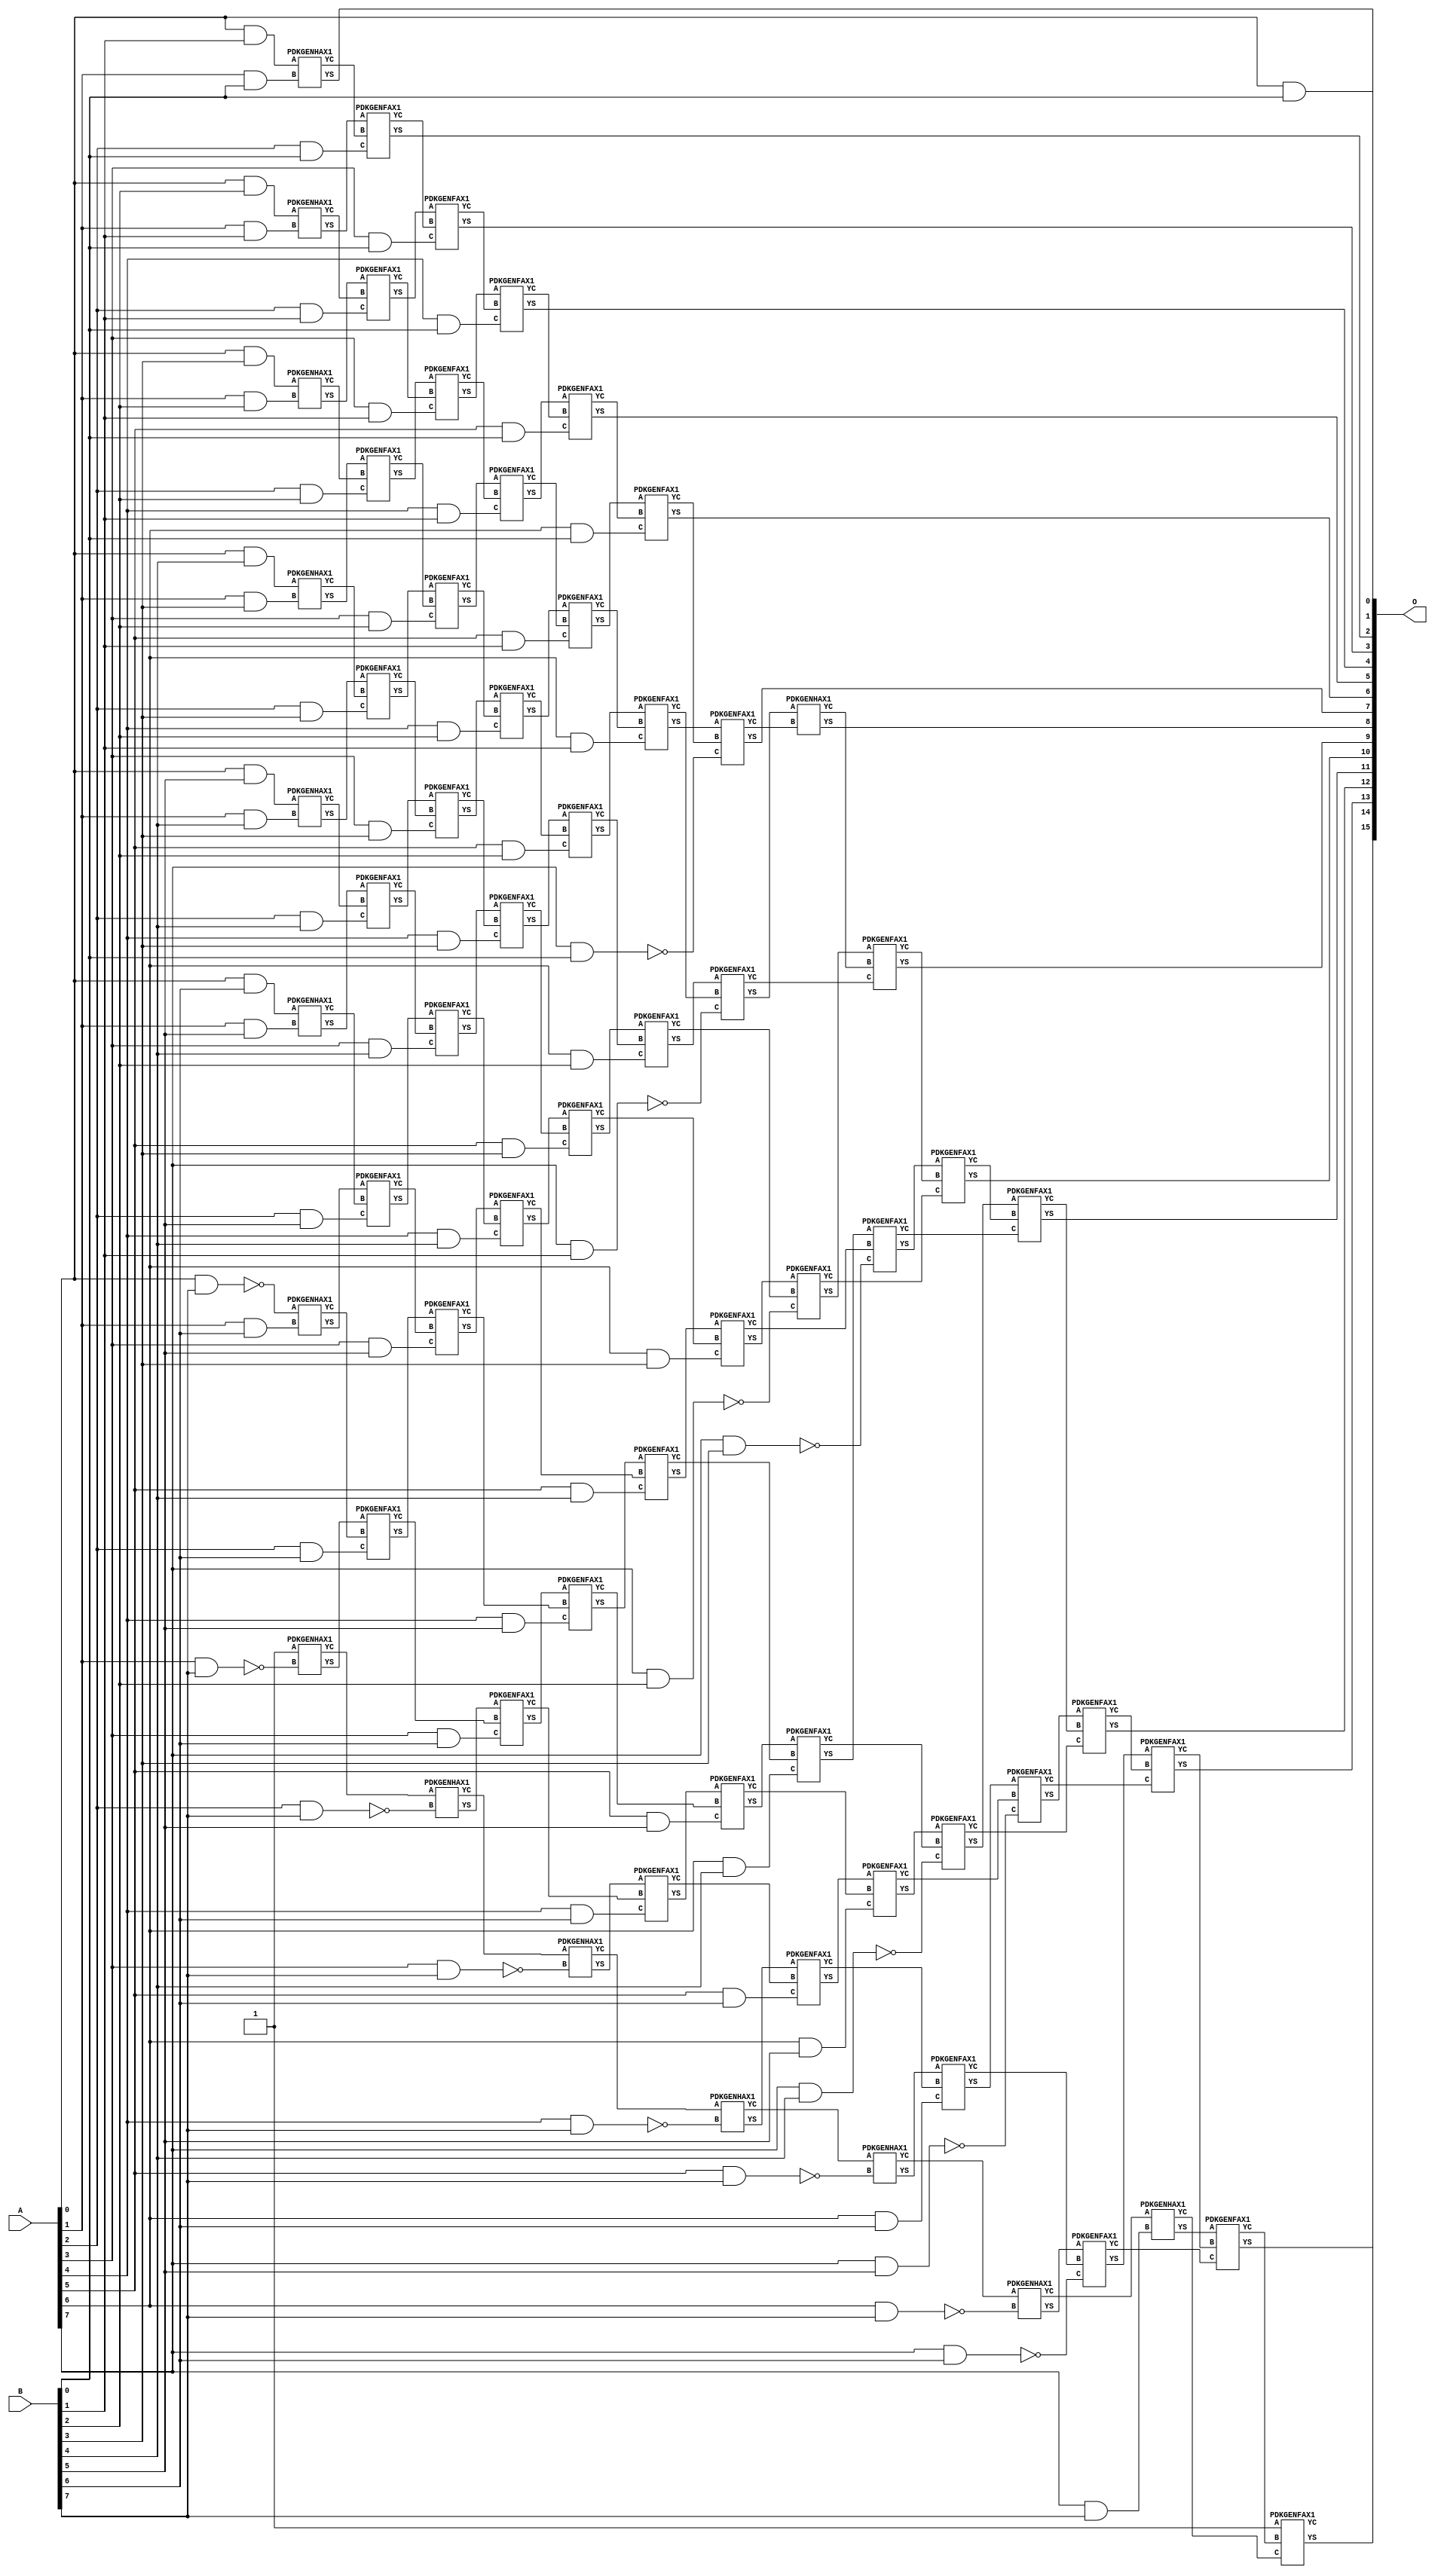
/***
* This code is a part of EvoApproxLib library (ehw.fit.vutbr.cz/approxlib) distributed under The MIT License.
* When used, please cite the following article(s): V. Mrazek, Z. Vasicek, L. Sekanina, H. Jiang and J. Han, "Scalable Construction of Approximate Multipliers With Formally Guaranteed Worst Case Error" in IEEE Transactions on Very Large Scale Integration (VLSI) Systems, vol. 26, no. 11, pp. 2572-2576, Nov. 2018. doi: 10.1109/TVLSI.2018.2856362 
* This file contains a circuit from a sub-set of pareto optimal circuits with respect to the pwr and mae parameters
***/
// MAE% = 0.00 %
// MAE = 0 
// WCE% = 0.00 %
// WCE = 0 
// WCRE% = 0.00 %
// EP% = 0.00 %
// MRE% = 0.00 %
// MSE = 0 
// PDK45_PWR = 0.425 mW
// PDK45_AREA = 729.8 um2
// PDK45_DELAY = 1.48 ns


module mul8s_1KV8 ( A, B, O );
  input [7:0] A;
  input [7:0] B;
  output [15:0] O;

  wire C_1_0,C_1_1,C_1_2,C_1_3,C_1_4,C_1_5,C_1_6,C_1_7,C_2_0,C_2_1,C_2_2,C_2_3,C_2_4,C_2_5,C_2_6,C_2_7,C_3_0,C_3_1,C_3_2,C_3_3,C_3_4,C_3_5,C_3_6,C_3_7,C_4_0,C_4_1,C_4_2,C_4_3,C_4_4,C_4_5,C_4_6,C_4_7,C_5_0,C_5_1,C_5_2,C_5_3,C_5_4,C_5_5,C_5_6,C_5_7,C_6_0,C_6_1,C_6_2,C_6_3,C_6_4,C_6_5,C_6_6,C_6_7,C_7_0,C_7_1,C_7_2,C_7_3,C_7_4,C_7_5,C_7_6,C_7_7,C_8_0,C_8_1,C_8_2,C_8_3,C_8_4,C_8_5,C_8_6,C_8_7,S_0_0,S_0_1,S_0_2,S_0_3,S_0_4,S_0_5,S_0_6,S_0_7,S_1_0,S_1_1,S_1_2,S_1_3,S_1_4,S_1_5,S_1_6,S_1_7,S_2_0,S_2_1,S_2_2,S_2_3,S_2_4,S_2_5,S_2_6,S_2_7,S_3_0,S_3_1,S_3_2,S_3_3,S_3_4,S_3_5,S_3_6,S_3_7,S_4_0,S_4_1,S_4_2,S_4_3,S_4_4,S_4_5,S_4_6,S_4_7,S_5_0,S_5_1,S_5_2,S_5_3,S_5_4,S_5_5,S_5_6,S_5_7,S_6_0,S_6_1,S_6_2,S_6_3,S_6_4,S_6_5,S_6_6,S_6_7,S_7_0,S_7_1,S_7_2,S_7_3,S_7_4,S_7_5,S_7_6,S_7_7,S_8_0,S_8_1,S_8_2,S_8_3,S_8_4,S_8_5,S_8_6,S_8_7;

  assign S_0_0 = (A[0] & B[0]);
  assign S_0_1 = (A[0] & B[1]);
  assign S_0_2 = (A[0] & B[2]);
  assign S_0_3 = (A[0] & B[3]);
  assign S_0_4 = (A[0] & B[4]);
  assign S_0_5 = (A[0] & B[5]);
  assign S_0_6 = (A[0] & B[6]);
  assign S_0_7 = ~(A[0] & B[7]);
  PDKGENHAX1 U9 (.A(S_0_1), .B((A[1] & B[0])), .YS(S_1_0), .YC(C_1_0));
  PDKGENHAX1 U10 (.A(S_0_2), .B((A[1] & B[1])), .YS(S_1_1), .YC(C_1_1));
  PDKGENHAX1 U11 (.A(S_0_3), .B((A[1] & B[2])), .YS(S_1_2), .YC(C_1_2));
  PDKGENHAX1 U12 (.A(S_0_4), .B((A[1] & B[3])), .YS(S_1_3), .YC(C_1_3));
  PDKGENHAX1 U13 (.A(S_0_5), .B((A[1] & B[4])), .YS(S_1_4), .YC(C_1_4));
  PDKGENHAX1 U14 (.A(S_0_6), .B((A[1] & B[5])), .YS(S_1_5), .YC(C_1_5));
  PDKGENHAX1 U15 (.A(S_0_7), .B((A[1] & B[6])), .YS(S_1_6), .YC(C_1_6));
  PDKGENHAX1 U16 (.A(1'b1), .B(~(A[1] & B[7])), .YS(S_1_7), .YC(C_1_7));
  PDKGENFAX1 U17 (.A(S_1_1), .B(C_1_0), .C((A[2] & B[0])), .YS(S_2_0), .YC(C_2_0));
  PDKGENFAX1 U18 (.A(S_1_2), .B(C_1_1), .C((A[2] & B[1])), .YS(S_2_1), .YC(C_2_1));
  PDKGENFAX1 U19 (.A(S_1_3), .B(C_1_2), .C((A[2] & B[2])), .YS(S_2_2), .YC(C_2_2));
  PDKGENFAX1 U20 (.A(S_1_4), .B(C_1_3), .C((A[2] & B[3])), .YS(S_2_3), .YC(C_2_3));
  PDKGENFAX1 U21 (.A(S_1_5), .B(C_1_4), .C((A[2] & B[4])), .YS(S_2_4), .YC(C_2_4));
  PDKGENFAX1 U22 (.A(S_1_6), .B(C_1_5), .C((A[2] & B[5])), .YS(S_2_5), .YC(C_2_5));
  PDKGENFAX1 U23 (.A(S_1_7), .B(C_1_6), .C((A[2] & B[6])), .YS(S_2_6), .YC(C_2_6));
  PDKGENHAX1 U24 (.A(C_1_7), .B(~(A[2] & B[7])), .YS(S_2_7), .YC(C_2_7));
  PDKGENFAX1 U25 (.A(S_2_1), .B(C_2_0), .C((A[3] & B[0])), .YS(S_3_0), .YC(C_3_0));
  PDKGENFAX1 U26 (.A(S_2_2), .B(C_2_1), .C((A[3] & B[1])), .YS(S_3_1), .YC(C_3_1));
  PDKGENFAX1 U27 (.A(S_2_3), .B(C_2_2), .C((A[3] & B[2])), .YS(S_3_2), .YC(C_3_2));
  PDKGENFAX1 U28 (.A(S_2_4), .B(C_2_3), .C((A[3] & B[3])), .YS(S_3_3), .YC(C_3_3));
  PDKGENFAX1 U29 (.A(S_2_5), .B(C_2_4), .C((A[3] & B[4])), .YS(S_3_4), .YC(C_3_4));
  PDKGENFAX1 U30 (.A(S_2_6), .B(C_2_5), .C((A[3] & B[5])), .YS(S_3_5), .YC(C_3_5));
  PDKGENFAX1 U31 (.A(S_2_7), .B(C_2_6), .C((A[3] & B[6])), .YS(S_3_6), .YC(C_3_6));
  PDKGENHAX1 U32 (.A(C_2_7), .B(~(A[3] & B[7])), .YS(S_3_7), .YC(C_3_7));
  PDKGENFAX1 U33 (.A(S_3_1), .B(C_3_0), .C((A[4] & B[0])), .YS(S_4_0), .YC(C_4_0));
  PDKGENFAX1 U34 (.A(S_3_2), .B(C_3_1), .C((A[4] & B[1])), .YS(S_4_1), .YC(C_4_1));
  PDKGENFAX1 U35 (.A(S_3_3), .B(C_3_2), .C((A[4] & B[2])), .YS(S_4_2), .YC(C_4_2));
  PDKGENFAX1 U36 (.A(S_3_4), .B(C_3_3), .C((A[4] & B[3])), .YS(S_4_3), .YC(C_4_3));
  PDKGENFAX1 U37 (.A(S_3_5), .B(C_3_4), .C((A[4] & B[4])), .YS(S_4_4), .YC(C_4_4));
  PDKGENFAX1 U38 (.A(S_3_6), .B(C_3_5), .C((A[4] & B[5])), .YS(S_4_5), .YC(C_4_5));
  PDKGENFAX1 U39 (.A(S_3_7), .B(C_3_6), .C((A[4] & B[6])), .YS(S_4_6), .YC(C_4_6));
  PDKGENHAX1 U40 (.A(C_3_7), .B(~(A[4] & B[7])), .YS(S_4_7), .YC(C_4_7));
  PDKGENFAX1 U41 (.A(S_4_1), .B(C_4_0), .C((A[5] & B[0])), .YS(S_5_0), .YC(C_5_0));
  PDKGENFAX1 U42 (.A(S_4_2), .B(C_4_1), .C((A[5] & B[1])), .YS(S_5_1), .YC(C_5_1));
  PDKGENFAX1 U43 (.A(S_4_3), .B(C_4_2), .C((A[5] & B[2])), .YS(S_5_2), .YC(C_5_2));
  PDKGENFAX1 U44 (.A(S_4_4), .B(C_4_3), .C((A[5] & B[3])), .YS(S_5_3), .YC(C_5_3));
  PDKGENFAX1 U45 (.A(S_4_5), .B(C_4_4), .C((A[5] & B[4])), .YS(S_5_4), .YC(C_5_4));
  PDKGENFAX1 U46 (.A(S_4_6), .B(C_4_5), .C((A[5] & B[5])), .YS(S_5_5), .YC(C_5_5));
  PDKGENFAX1 U47 (.A(S_4_7), .B(C_4_6), .C((A[5] & B[6])), .YS(S_5_6), .YC(C_5_6));
  PDKGENHAX1 U48 (.A(C_4_7), .B(~(A[5] & B[7])), .YS(S_5_7), .YC(C_5_7));
  PDKGENFAX1 U49 (.A(S_5_1), .B(C_5_0), .C((A[6] & B[0])), .YS(S_6_0), .YC(C_6_0));
  PDKGENFAX1 U50 (.A(S_5_2), .B(C_5_1), .C((A[6] & B[1])), .YS(S_6_1), .YC(C_6_1));
  PDKGENFAX1 U51 (.A(S_5_3), .B(C_5_2), .C((A[6] & B[2])), .YS(S_6_2), .YC(C_6_2));
  PDKGENFAX1 U52 (.A(S_5_4), .B(C_5_3), .C((A[6] & B[3])), .YS(S_6_3), .YC(C_6_3));
  PDKGENFAX1 U53 (.A(S_5_5), .B(C_5_4), .C((A[6] & B[4])), .YS(S_6_4), .YC(C_6_4));
  PDKGENFAX1 U54 (.A(S_5_6), .B(C_5_5), .C((A[6] & B[5])), .YS(S_6_5), .YC(C_6_5));
  PDKGENFAX1 U55 (.A(S_5_7), .B(C_5_6), .C((A[6] & B[6])), .YS(S_6_6), .YC(C_6_6));
  PDKGENHAX1 U56 (.A(C_5_7), .B(~(A[6] & B[7])), .YS(S_6_7), .YC(C_6_7));
  PDKGENFAX1 U57 (.A(S_6_1), .B(C_6_0), .C(~(A[7] & B[0])), .YS(S_7_0), .YC(C_7_0));
  PDKGENFAX1 U58 (.A(S_6_2), .B(C_6_1), .C(~(A[7] & B[1])), .YS(S_7_1), .YC(C_7_1));
  PDKGENFAX1 U59 (.A(S_6_3), .B(C_6_2), .C(~(A[7] & B[2])), .YS(S_7_2), .YC(C_7_2));
  PDKGENFAX1 U60 (.A(S_6_4), .B(C_6_3), .C(~(A[7] & B[3])), .YS(S_7_3), .YC(C_7_3));
  PDKGENFAX1 U61 (.A(S_6_5), .B(C_6_4), .C(~(A[7] & B[4])), .YS(S_7_4), .YC(C_7_4));
  PDKGENFAX1 U62 (.A(S_6_6), .B(C_6_5), .C(~(A[7] & B[5])), .YS(S_7_5), .YC(C_7_5));
  PDKGENFAX1 U63 (.A(S_6_7), .B(C_6_6), .C(~(A[7] & B[6])), .YS(S_7_6), .YC(C_7_6));
  PDKGENHAX1 U64 (.A(C_6_7), .B((A[7] & B[7])), .YS(S_7_7), .YC(C_7_7));
  PDKGENHAX1 U65 (.A(S_7_1), .B(C_7_0), .YS(S_8_0), .YC(C_8_0));
  PDKGENFAX1 U66 (.A(S_7_2), .B(C_8_0), .C(C_7_1), .YS(S_8_1), .YC(C_8_1));
  PDKGENFAX1 U67 (.A(S_7_3), .B(C_8_1), .C(C_7_2), .YS(S_8_2), .YC(C_8_2));
  PDKGENFAX1 U68 (.A(S_7_4), .B(C_8_2), .C(C_7_3), .YS(S_8_3), .YC(C_8_3));
  PDKGENFAX1 U69 (.A(S_7_5), .B(C_8_3), .C(C_7_4), .YS(S_8_4), .YC(C_8_4));
  PDKGENFAX1 U70 (.A(S_7_6), .B(C_8_4), .C(C_7_5), .YS(S_8_5), .YC(C_8_5));
  PDKGENFAX1 U71 (.A(S_7_7), .B(C_8_5), .C(C_7_6), .YS(S_8_6), .YC(C_8_6));
  PDKGENFAX1 U72 (.A(1'b1), .B(C_8_6), .C(C_7_7), .YS(S_8_7), .YC(C_8_7));
  assign O = {S_8_7,S_8_6,S_8_5,S_8_4,S_8_3,S_8_2,S_8_1,S_8_0,S_7_0,S_6_0,S_5_0,S_4_0,S_3_0,S_2_0,S_1_0,S_0_0};

endmodule

/* mod */
module PDKGENHAX1( input A, input B, output YS, output YC );
    assign YS = A ^ B;
    assign YC = A & B;
endmodule
/* mod */
module PDKGENFAX1( input A, input B, input C, output YS, output YC );
    assign YS = (A ^ B) ^ C;
    assign YC = (A & B) | (B & C) | (A & C);
endmodule